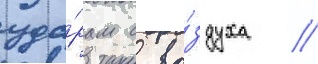
уда́рам с во́здуха //